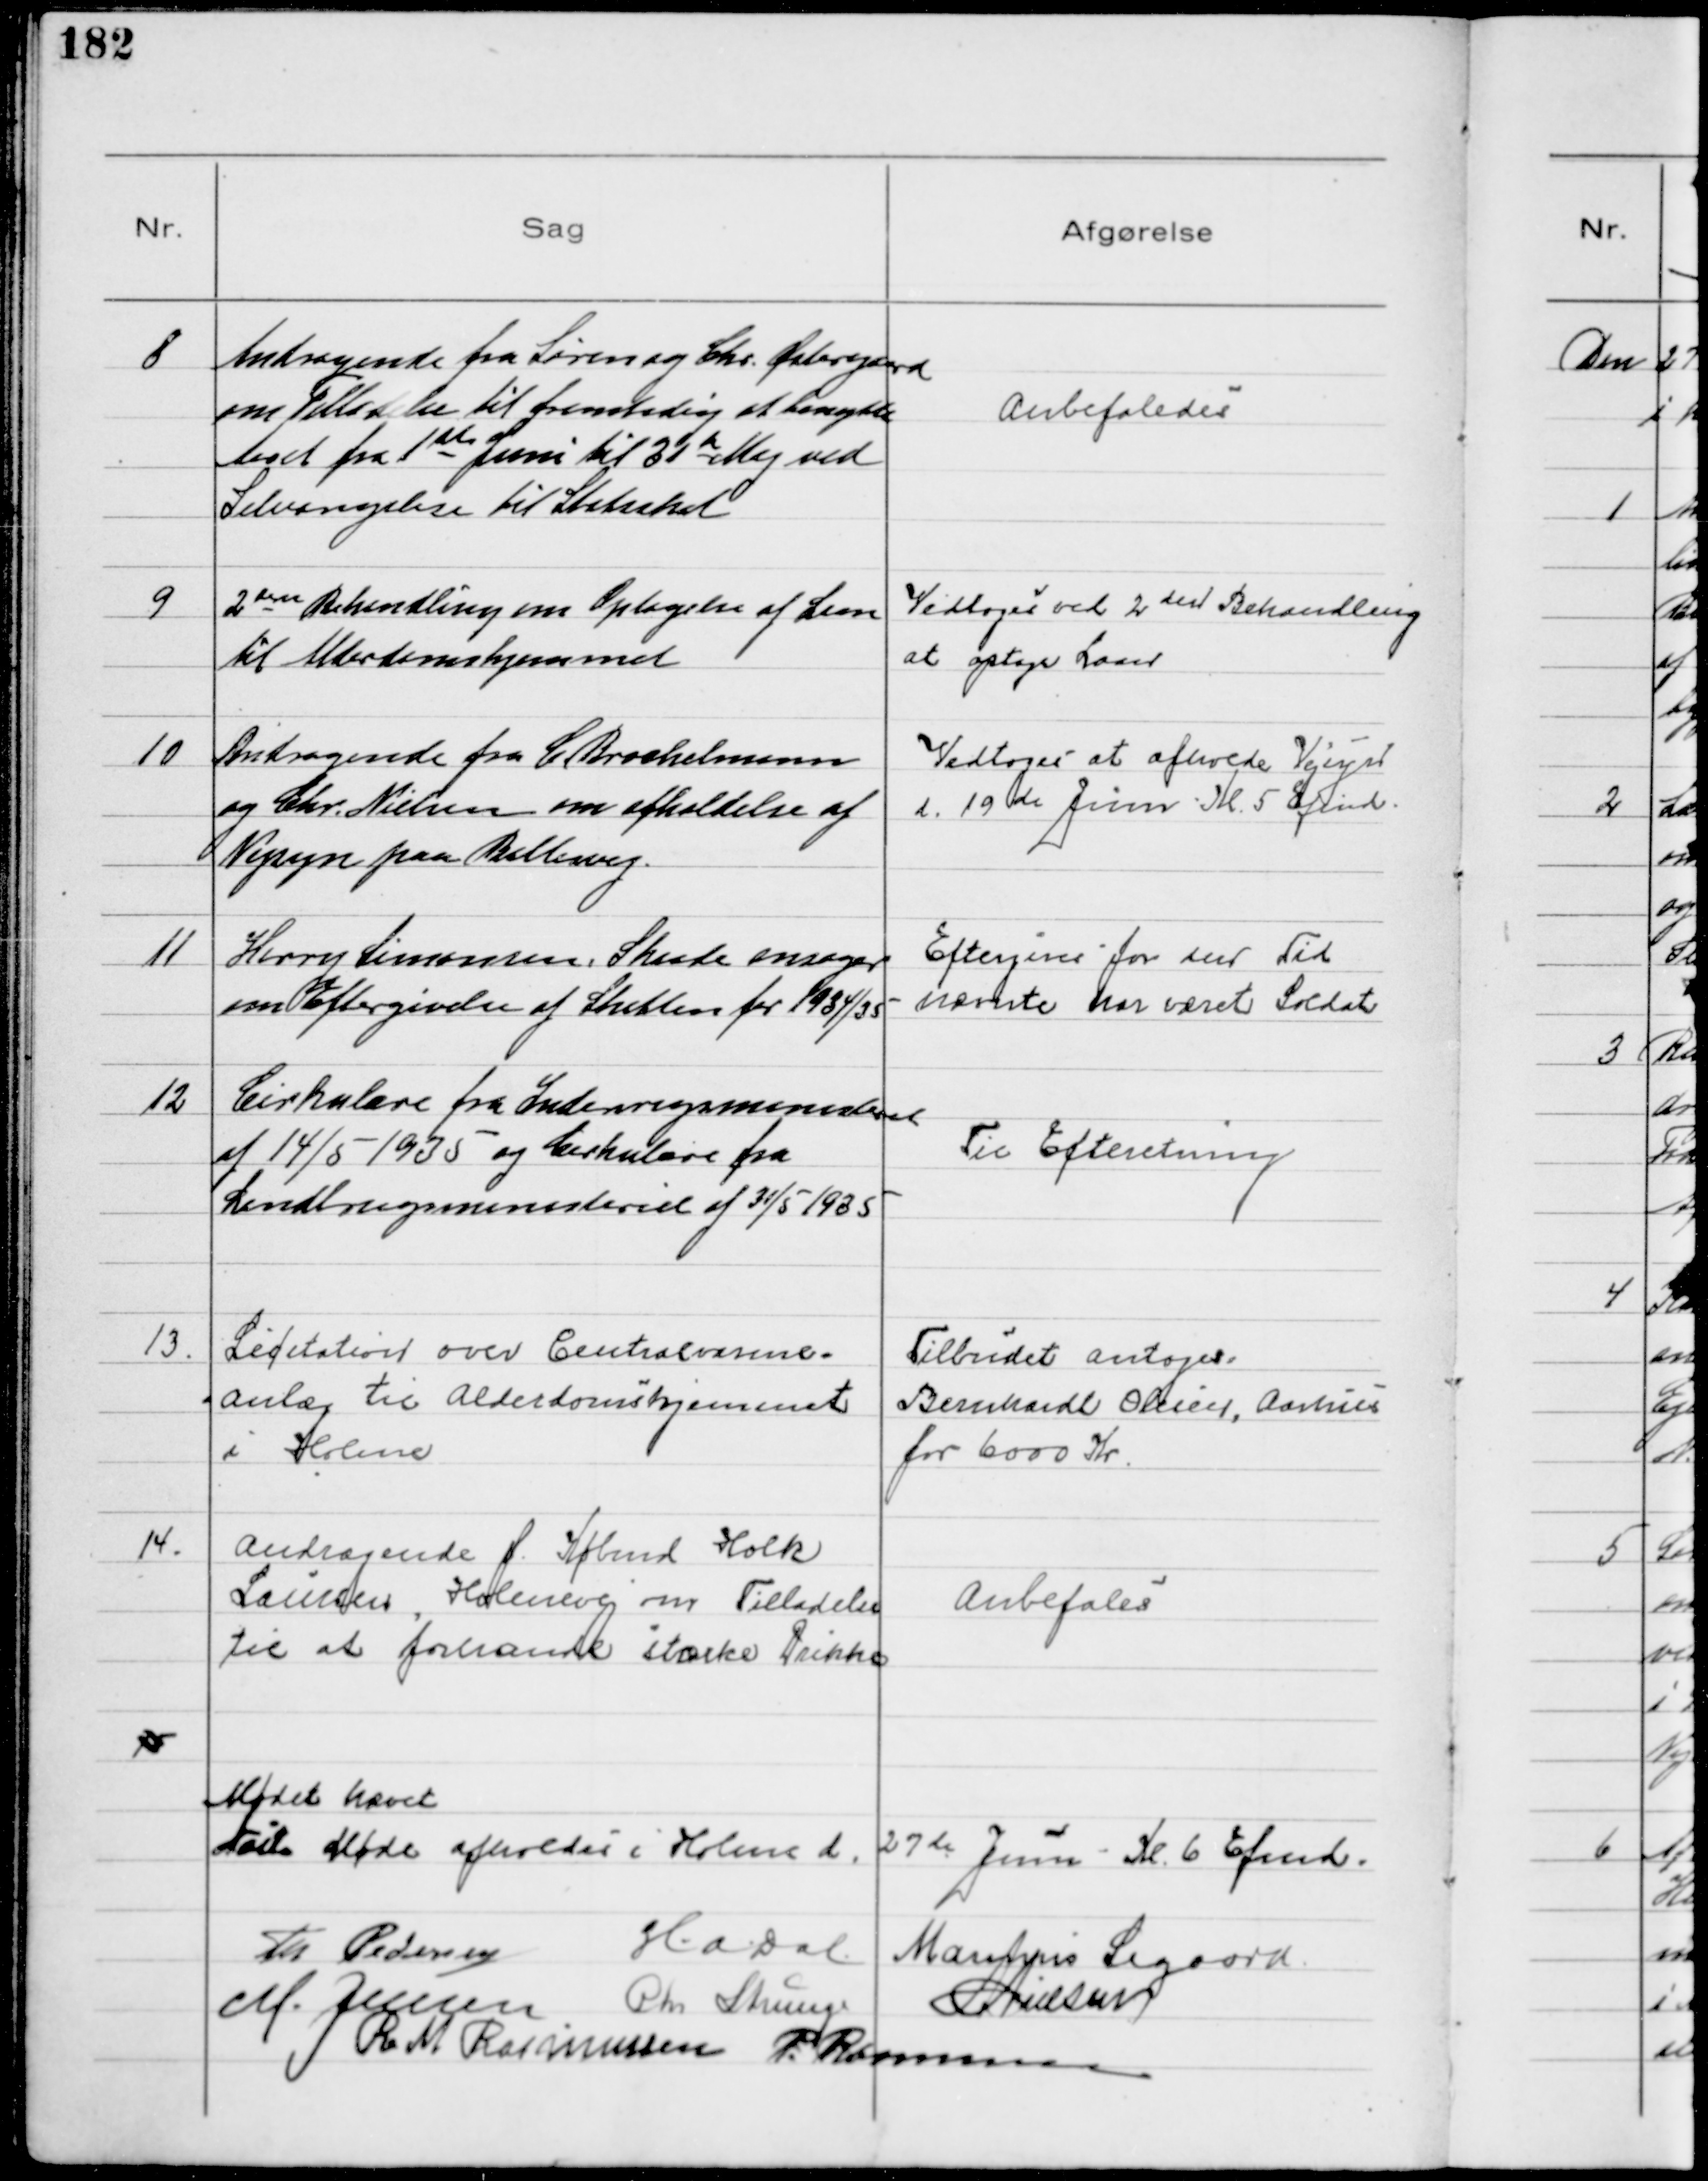
Transskription:
8
Andragende fra Søren og Chr. Østergaard
om Tilladelse til fremtidig at benytte
Aaret fra 1ste Juni til 21de Maj ved
Selvangilese til Statsskat

Anbefaledes

9
2den Behandling om Optagelse af Laan
til Alderdomshjemmet

Vedtoges ved 2 den Behandling
at optage Laan

10
Andragende fra C Brochelmann
og Chr. Nielsen om afholdelse af
Vejsyn paa Ballesvej.

Vedtoges at afholde Vejsyn
d. 19de Juni Kl. 5 Efmd.

11
Harry Simonsen, Skaade ansøger
om Eftergivelse af Skatten for 1934/35

Eftergives for den Tid
nævnte har været Soldat

12
Cirkulære fra Indenrigsministeriet
af 14/5 1935 og Cirkulære fra
Landbrugsministeriet af 31/5 1935

Til Efteretning

13.
Licitation over Centralvarme-
-anlæg til Alderdomshjemmet
i Holme

Tilbudet antoges
Bernhardt Olesen, Aarhus
for 6000 Kr.

14.
Andragende f. Købmd Holk
Laursen, Holmevej om Tilladelse
til at forhandle stærke Drikke

Anbefales

15

Mødet hævet
Næste Møde afholdes i Holme d. 27de Juni Kl. 6 Eftmd.
Th Pedersen H.A. Dal Marinus Sigaard
M. Jensen Chr Strunge N Nielsen
R M Rasmussen P. Rasmussen